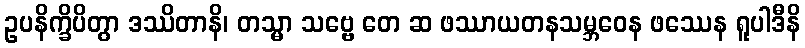
ဥပနိက္ခိပိတွာ ဒဿိတာနိ၊ တသ္မာ သဗ္ဗေ တေ ဆ ဖဿာယတနသမ္ဘဝေန ဖဿေန ရူပါဒီနိ